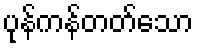
ပုန်ကန်တတ်သော